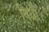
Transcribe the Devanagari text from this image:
विधीं